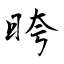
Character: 晇